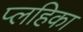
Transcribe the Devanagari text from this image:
प्लहिका